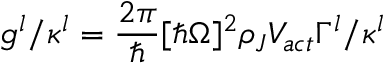
g ^ { l } / \kappa ^ { l } = \frac { 2 \pi } { \hbar } [ \hbar \Omega ] ^ { 2 } \rho _ { J } V _ { a c t } \Gamma ^ { l } / \kappa ^ { l }